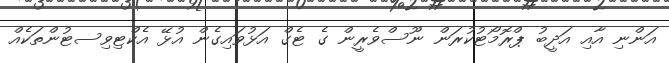
އަންނި އާއި އަދީބު ޕްރޮމޯޓުކުރަން ނޫސްވެރީން ގެ ޓެގް އަޅުވައިގެން އުޅޭ އެކްޓިވިސޓުންތަކެއް